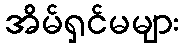
အိမ်ရှင်မများ